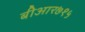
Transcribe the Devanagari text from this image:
बीआर७१५